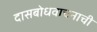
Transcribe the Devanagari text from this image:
दासबोधवाचनाची